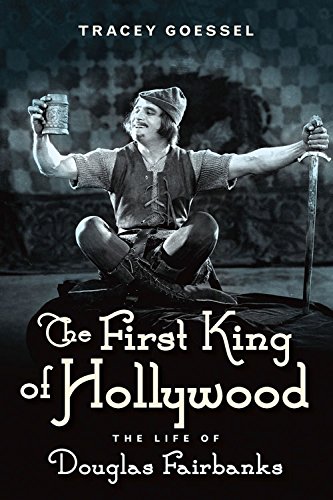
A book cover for The First King of Hollywood: The Life of Douglas Fairbanks; Tracey Goessel; Humor & Entertainment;